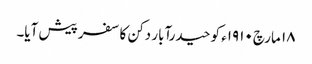
١٨ مارچ ١٩١٠ء کو حیدرآبار دکن کا سفر پیش آیا۔